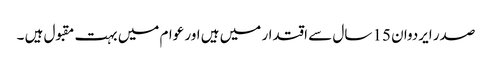
صدر ایردوان 15 سال سے اقتدار میں ہیں اور عوام میں بہت مقبول ہیں ۔